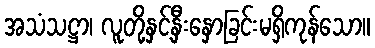
အသံသဋ္ဌာ၊ လူတို့နှင့်နှီးနှောခြင်းမရှိကုန်သော။